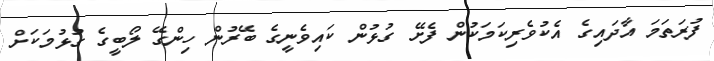
ފުރަތަމަ އާދައިގެ އެކުވެރިކަމަކުން ފެށޭ ގުޅުން ކައިވެނީގެ ބޭރުން ހިންގޭ ލޯބީގެ ގުޅުމަކަށް